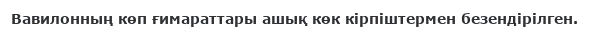
Вавилонның көп ғимараттары ашық көк кірпіштермен безендірілген.